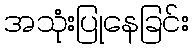
အသုံးပြုနေခြင်း